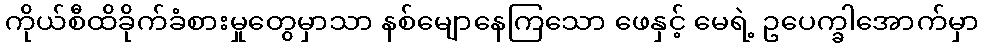
ကိုယ်စီထိခိုက်ခံစားမှုတွေမှာသာ နစ်မျောနေကြသော ဖေနှင့် မေရဲ့ ဥပေက္ခါအောက်မှာ